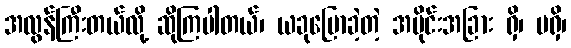
အလွန်ကြီးတယ်လို့ ဆိုကြပါတယ်၊ ယခုပြောခဲ့တဲ့ အပိုင်းအခြား ရှိ၊ မရှိ၊